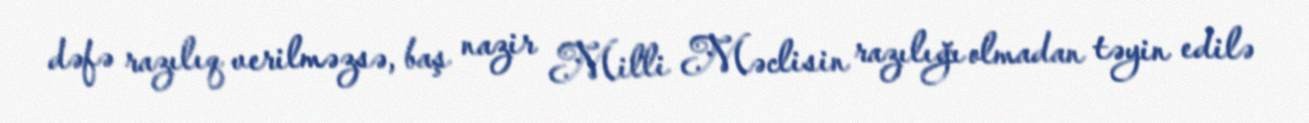
dəfə razılıq verilməzsə, baş nazir Milli Məclisin razılığı olmadan təyin edilə